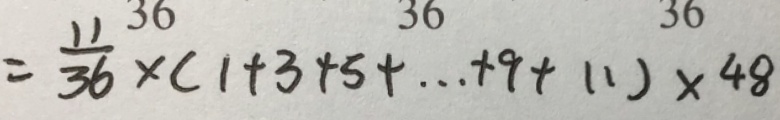
= \frac { 1 1 } { 3 6 } \times ( 1 + 3 + 5 + \cdots + 9 + 1 1 ) \times 4 8